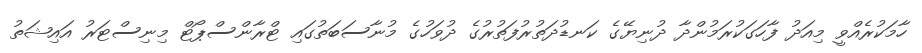
ހާމަކުރެއްވީ މިއަދު ފާހަގަކުރަމުންދާ ދުނިޔޭގެ ކަނޑުދަތުރުފަތުރުގެ ދުވަހުގެ މުނާސަބަތުގައި ޓްރާންސްޕޯޓް މިނިސްޓަރު އައިޝަތު